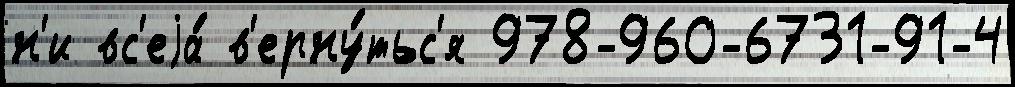
н'и вс'еjа́ в'ерну́тьс'я 978-960-6731-91-4